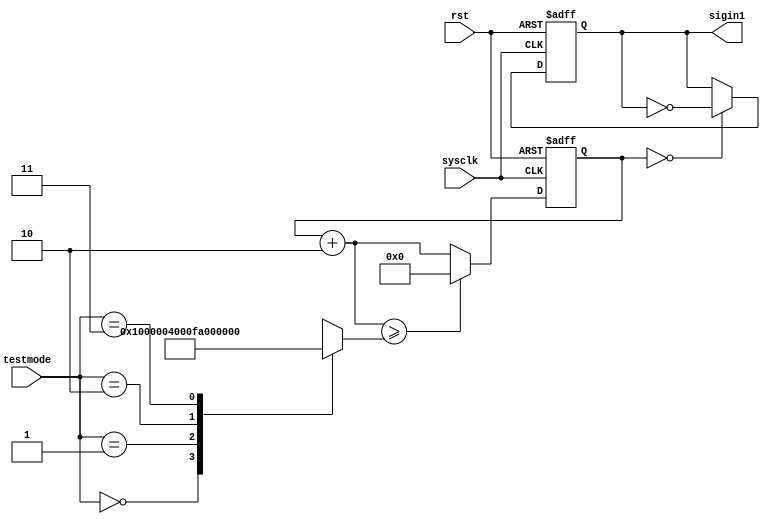
module siginput(
 input [1:0] testmode,//00,01,10,114?3125?6250?50?12500HzSW1~SW0?
 input sysclk,//100M
 input rst,
 output sigin1//
 );
reg[20:0] state;
reg[20:0] divide;
reg sigin;
assign sigin1=sigin;
always@(*)
begin
case(testmode[1:0])
2'b00:divide=21'd32;//3125Hz,32000
2'b01:divide=21'd16;//6250Hz?16000
2'b10:divide=21'd2000;//50Hz,2000000
2'b11:divide=21'd8;//12500Hz?8000
endcase
end
always@(posedge sysclk or negedge rst)//divide
begin
if (~rst) begin
    sigin=0;
    state=0;
end
else begin
if(state==0)
sigin=~sigin;
state=state+21'd2;
if(state>=divide)
state=21'b0;
end
end
endmodule